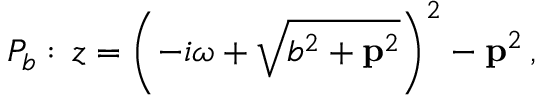
{ \cal P } _ { b } : \, z = \left( - i \omega + \sqrt { b ^ { 2 } + { \bf p } ^ { 2 } } \right) ^ { 2 } - { \bf p } ^ { 2 } \, ,